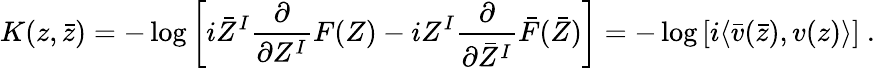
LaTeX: K(z,\bar{z})=-\log\left[i\bar{Z}^{I}\frac{\partial}{\partial Z^{I}}F(Z)-iZ^{I}\frac{\partial}{\partial\bar{Z}^{I}}\bar{F}(\bar{Z})\right]=-\log\left[i\langle\bar{v}(\bar{z}),v(z)\rangle\right]\ .